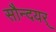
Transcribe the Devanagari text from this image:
सौन्दयर्